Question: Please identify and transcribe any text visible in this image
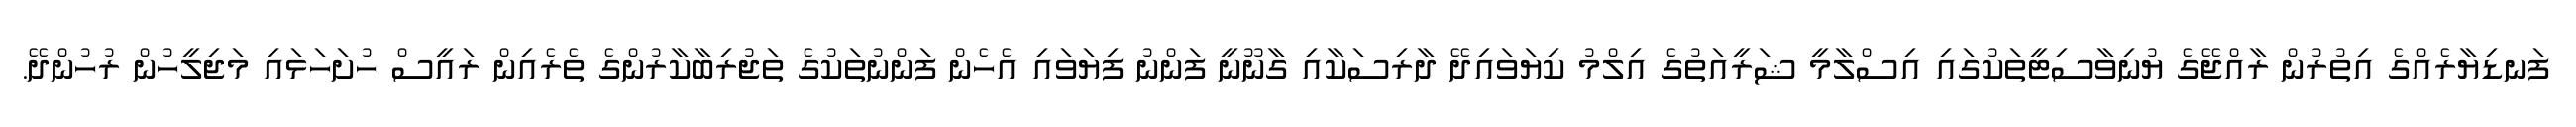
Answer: ފަނޑިޔާރެއްގެ އިތުރުން ރާއްޖޭގެ ޔުނިވާސިޓީތަކުގައި އިސްލާމީ ޝަރީއަތުގެ އިލްމު ކިޔަވައިދޭ ދާރިސަކާއި ގާނޫނީ ފަންނު ފިޔަވައި އެހެން ފަންނުތަކުގެ ތަޖުރިބާކާރުންގެ ތެރެއިން ރައީސް ހުށަހަޅައި މަޖިލީހުން ރުހުންދޭ.